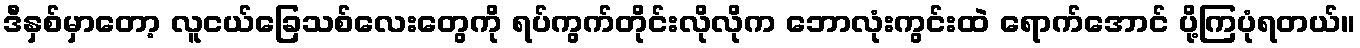
ဒီနှစ်မှာတော့ လူငယ်ခြေသစ်လေးတွေကို ရပ်ကွက်တိုင်းလိုလိုက ဘောလုံးကွင်းထဲ ရောက်အောင် ပို့ကြပုံရတယ်။